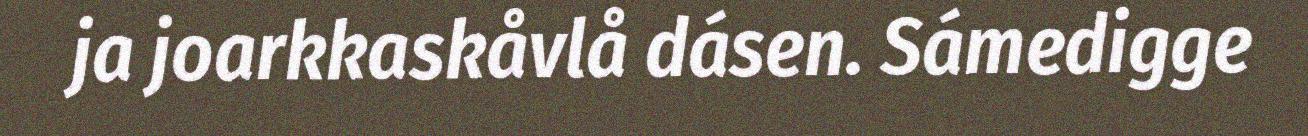
ja joarkkaskåvlå dásen. Sámedigge